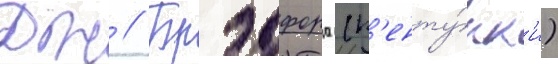
Дж // Брэдфорд (к'енту́кк'и)